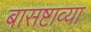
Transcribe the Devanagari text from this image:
बासष्टाव्या